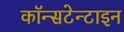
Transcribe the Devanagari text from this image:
कॉन्सटेन्टाइन